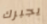
يجبرك